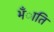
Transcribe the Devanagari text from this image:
भँाति